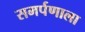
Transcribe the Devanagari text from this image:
समर्पणाला